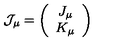
{ \cal J } _ { \mu } = \left( \begin{array} { c } { J _ { \mu } } \\ { K _ { \mu } } \\ \end{array} \right)